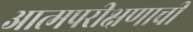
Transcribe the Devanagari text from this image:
आत्मपरीक्षणाची